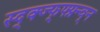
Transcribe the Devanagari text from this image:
स्द्क्ज्फ्फ्फ्न्न्व्न